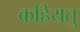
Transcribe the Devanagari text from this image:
कहियतु